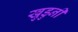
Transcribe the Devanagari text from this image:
खुडुनी